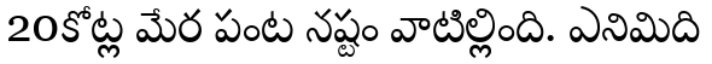
20కోట్ల మేర పంట నష్టం వాటిల్లింది. ఎనిమిది